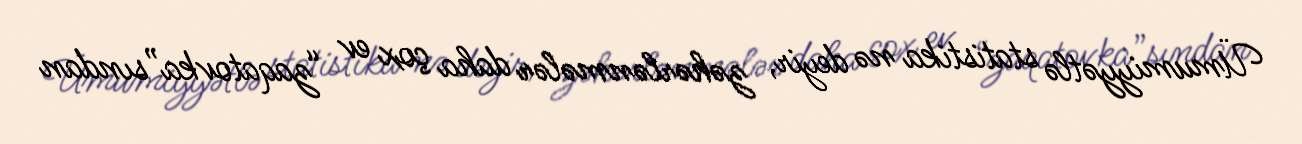
Ümumiyyətlə statistika nə deyir, zəhərlənmələr daha çox ev “zaqatovka”sından